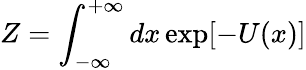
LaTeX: Z=\int_{-\infty}^{+\infty}dx\exp[-U(x)]